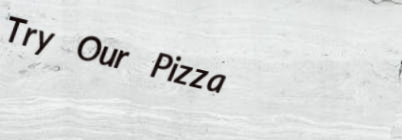
Try Our Pizza